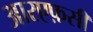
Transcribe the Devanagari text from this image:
आरएफ़सी